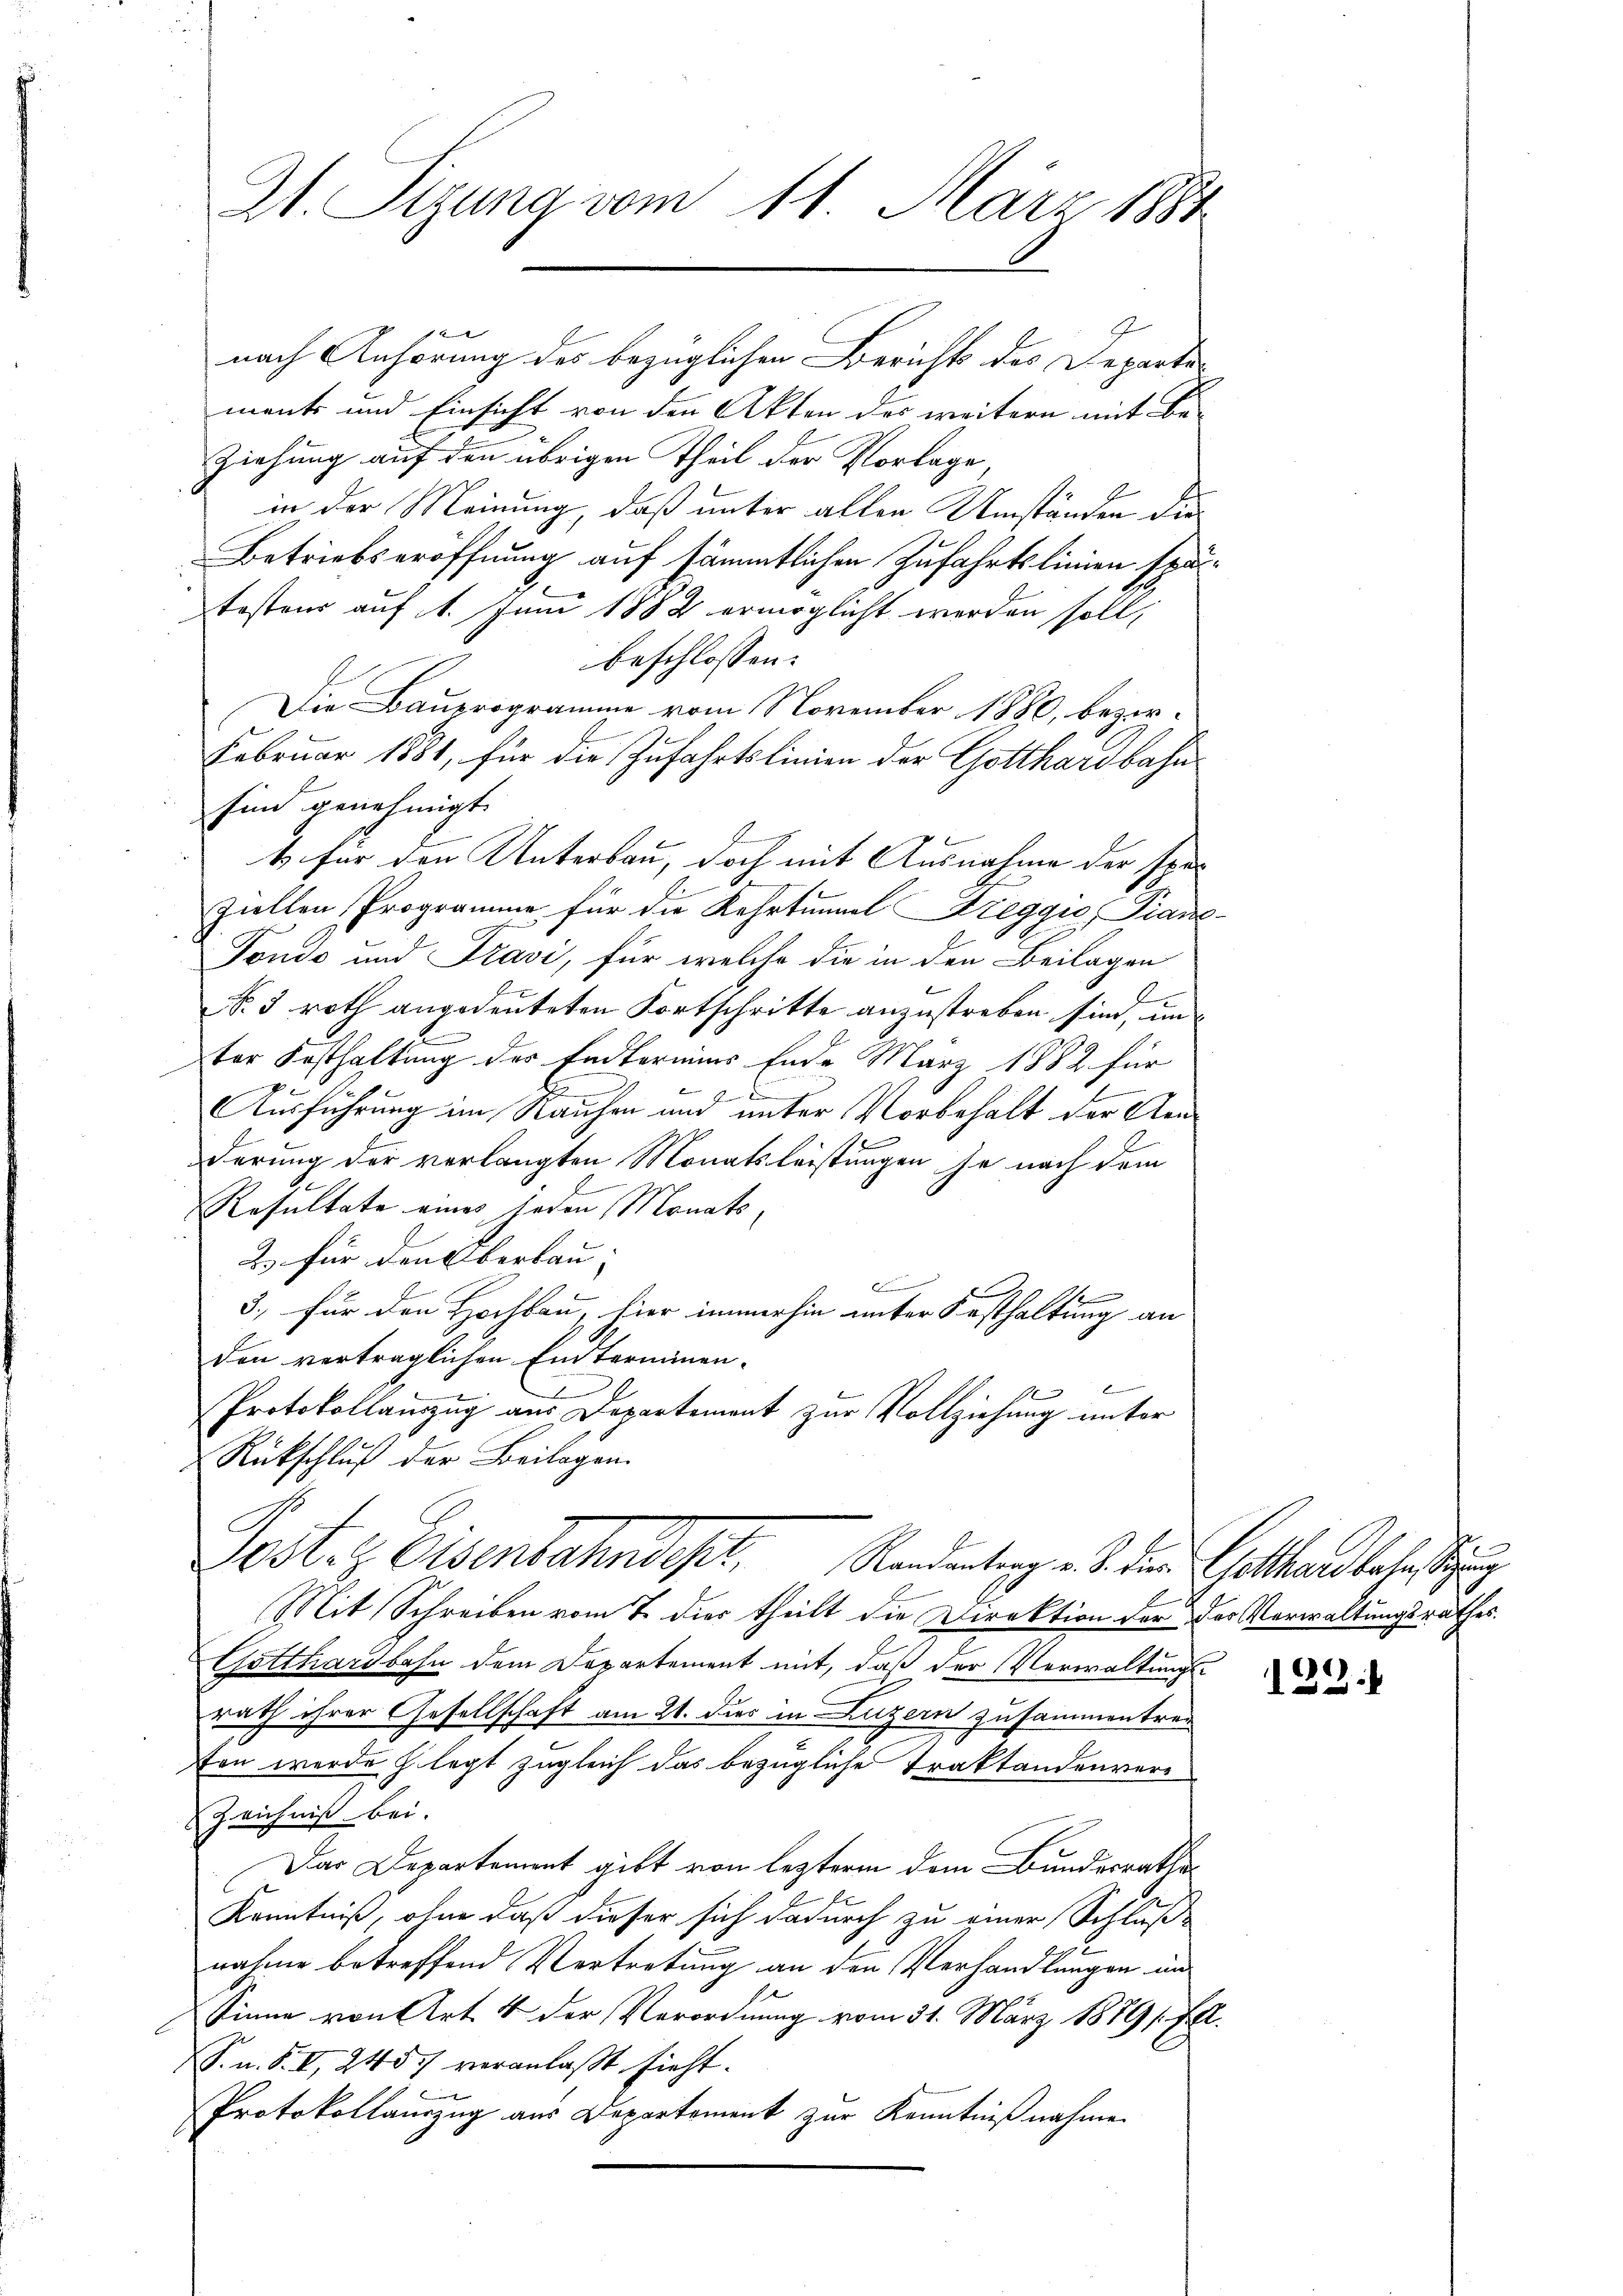
Zt. Sizung vom 11. März 1884

nach Anhörung des bezüglichen Berichts des Departer
ments und Einsicht von den Akten des weitern mit Be-
Ziehung auf den übrigen Theil der Vorlage
in der Meinung, daß unter allen Umständen die
Betriebseröffnung auf sämmtlichen Zufahrtslinien spätostens auf 1. Juni 1882 ermöglicht werden soll,
beschlossen:
Die Bauprogramme vom November 1880, bezir¬
Februar 1881, für die Zufahrtslinien der Gotthardbahn
sind genehmigt.
4 für den Unterbau, doch mit Ausnahme der spe¬
Ziellen Programme für die Kehrtunnel Breggio, Fran
Fondo und Fravi, für welche die in den Beilagen
l
No 3 roth angedeuteten Fortschritte anzustreben sind, un
E
ter Festhaltung des Endtermins Ende März 1882 für
d
e

Ausführung im Rauhen und unter Vorbehalt der Aenderung der verlangten Monatsleistungen je nach dem
Resultate eines jeden Monats,
2.) Für den Oberbau,
E
s
3.) Für den Hochbau, hier immerhin unter Festhaltung an
den verträglichen Einterminen¬

Protokollamzug aus Departement zur Vollziehung unter
Rückschluß der Beilagen.
Post. Eisenbahndest. Randentiae d. den Gotthardbahnstung
Mit Schreiben vom 7. dies theilt die Direktion der der Verwaltungsrathes.
Gotthardbahn dem Departement mit, daß der Verwaltungsrath ihrer Gesellschaft am 21. dies in Luzern zusammentreton werde legt zugleich das bezügliche Traktandenvere
Zeichniß bei.
Das Departement gibt von lezterm dem Bundesraths-
Kenntniß, ohne daß dieser sich dadurch zu einer Schluß-
nahme betreffend Vertretung an den Verhandlungen und
Sinne von Art. 4 der Verordnung vom 31. März 1889 s. fer
F. u. S. II, 245. veranlaßt sieht.
Protokollauszug aus Departement zur Kenntnißnahme

2

122.